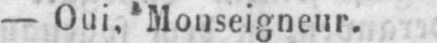
- Oui, Monseigneur.